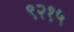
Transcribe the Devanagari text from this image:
९२१५